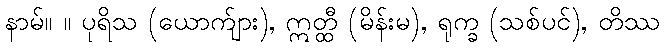
နာမ်။ ။ ပုရိသ (ယောက်ျား), ဣတ္ထီ (မိန်းမ), ရုက္ခ (သစ်ပင်), တိဿ